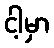
ငါ့မှာ